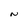
Character: N